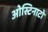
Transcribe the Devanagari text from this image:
ओस्टिनाटो